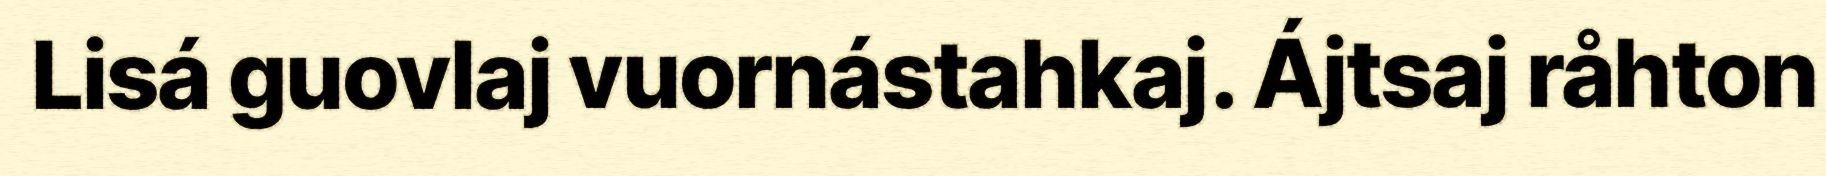
Lisá guovlaj vuornástahkaj. Ájtsaj råhton